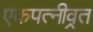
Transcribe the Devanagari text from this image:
एकपत्‍नीव्रत